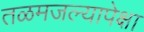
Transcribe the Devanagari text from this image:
तळमजल्यापेक्षा